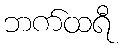
ဘက်ထရီ